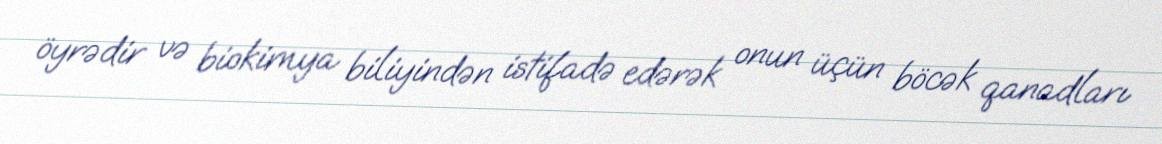
öyrədir və biokimya biliyindən istifadə edərək onun üçün böcək qanadları